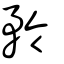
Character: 矝